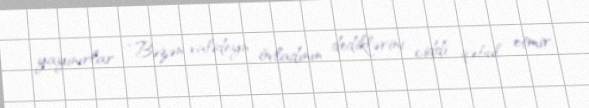
yayınırlar: “Bəzən valideyn övladının dediklərini ciddi qəbul etmir.